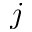
j